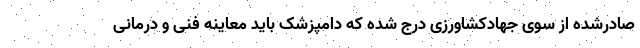
صادرشده از سوی جهادکشاورزی درج شده که دامپزشک باید معاینه فنی و درمانی